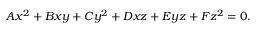
A x ^ { 2 } + B x y + C y ^ { 2 } + D x z + E y z + F z ^ { 2 } = 0 .